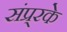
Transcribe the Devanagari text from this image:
संप्र्रके